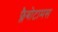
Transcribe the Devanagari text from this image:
फ्लैबोटामस